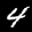
Label: 4